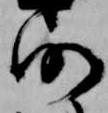
仍